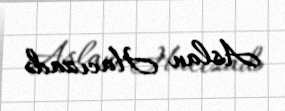
Aslan Hacızadə